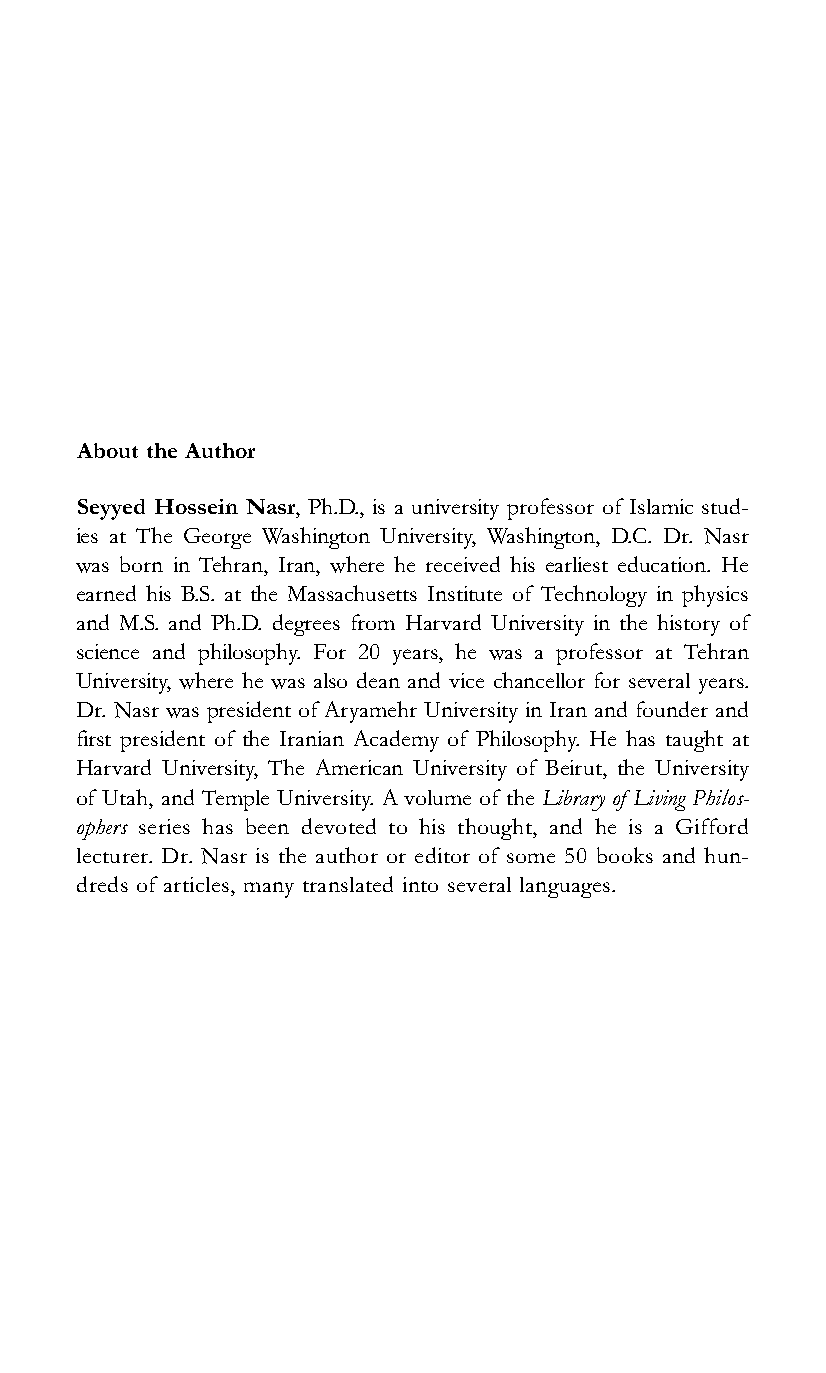
About the Author
 Seyyed Hossein Nasr, Ph.D., is a university professor of Islamic stud-
 ies at The George Washington University, Washington, D.C. Dr. Nasr
 was born in Tehran, Iran, where he received his earliest education. He
 earned his B.S. at the Massachusetts Institute of Technology in physics
 and M.S. and Ph.D. degrees from Harvard University in the history of
 science and philosophy. For 20 years, he was a professor at Tehran
 University, where he was also dean and vice chancellor for several years.
 Dr. Nasr was president of Aryamehr University in Iran and founder and
 first president of the Iranian Academy of Philosophy. He has taught at
 Harvard University, The American University of Beirut, the University
 of Utah, and Temple University. A volume of the Library of Living Philos-
 ophers series has been devoted to his thought, and he is a Gifford
 lecturer. Dr. Nasr is the author or editor of some 50 books and hun-
 dreds of articles, many translated into several languages.